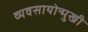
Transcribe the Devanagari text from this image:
व्यवसायोन्मुखी